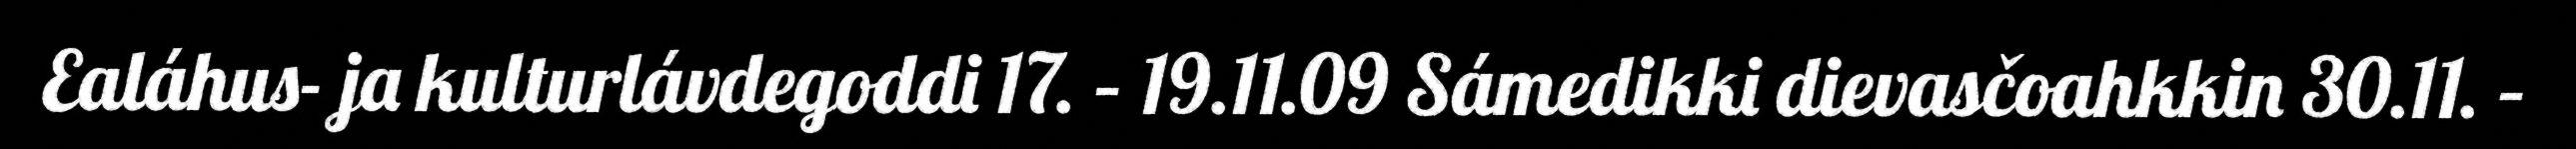
Ealáhus- ja kulturlávdegoddi 17. – 19.11.09 Sámedikki dievasčoahkkin 30.11. –